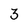
Character: 3